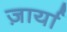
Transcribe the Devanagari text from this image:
ज़ार्या